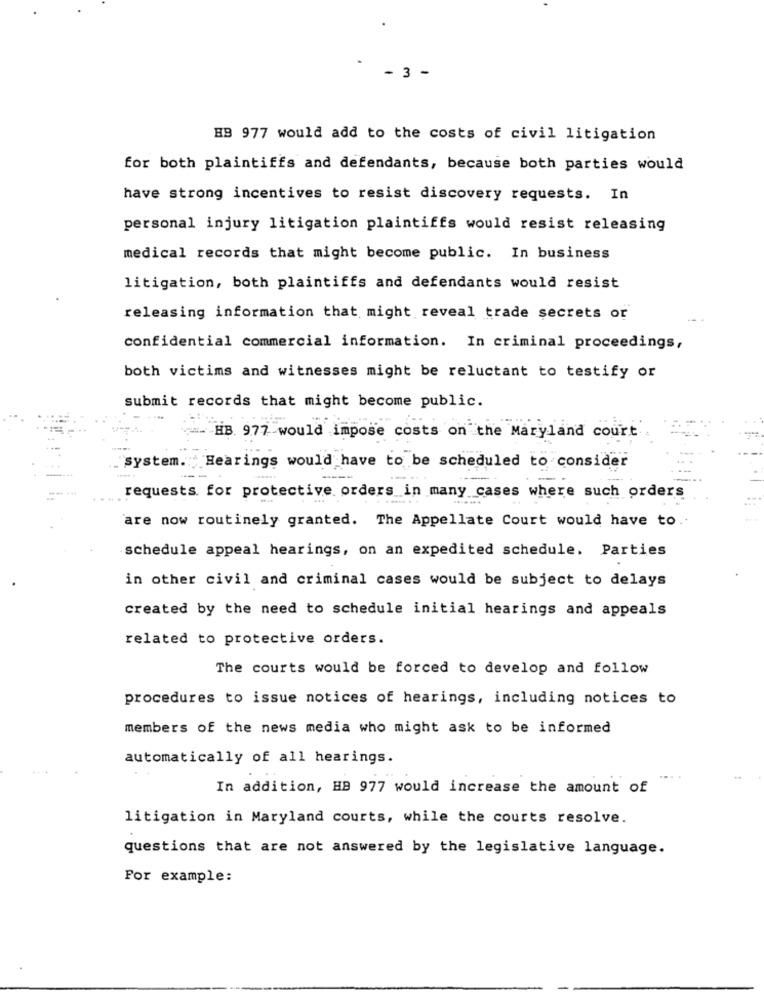
-3 -
HB 977 would add to the costs of civil litigation
for both plaintiffs and defendants, because both parties would
have strong incentives to resist discovery requests. In
personal injury litigation plaintiffs would resist releasing
medical records that might become public. In business
litigation, both plaintiffs and defendants would resist
releasing information that might reveal trade secrets or
confidential commercial information. In criminal proceedings,
both victims and witnesses might be reluctant to testify or
submit records that might become public.
HB 977 would impose costs on the Maryland court
system. Hearings would have to be scheduled to consider
requests for protective orders in many cases where such orders
are now routinely granted. The Appellate Court would have to.
schedule appeal hearings, on an expedited schedule. Parties
in other civil and criminal cases would be subject to delays
created by the need to schedule initial hearings and appeals
related to protective orders.
The courts would be forced to develop and follow
procedures to issue notices of hearings, including notices to
members of the news media who might ask to be informed
automatically of all hearings.
In addition, HB 977 would increase the amount of
litigation in Maryland courts, while the courts resolve.
questions that are not answered by the legislative language.
For example: